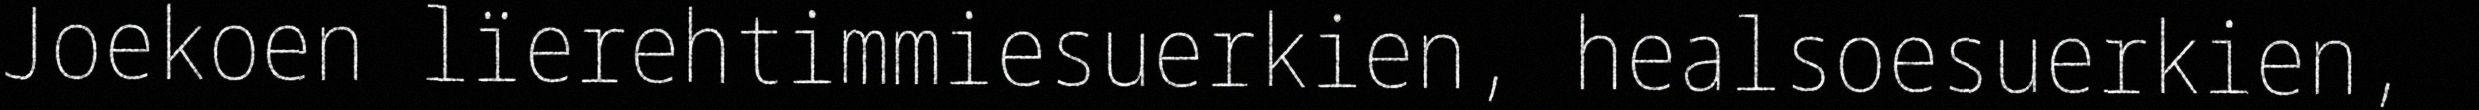
Joekoen lïerehtimmiesuerkien, healsoesuerkien,